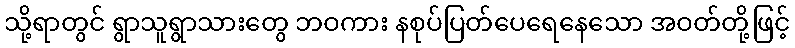
သို့ရာတွင် ရွာသူရွာသားတွေ ဘဝကား နစုပ်ပြတ်ပေရေနေသော အဝတ်တို့ဖြင့်